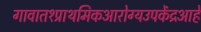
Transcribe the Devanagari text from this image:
गावात१प्राथमिकआरोग्यउपकेंद्रआहे